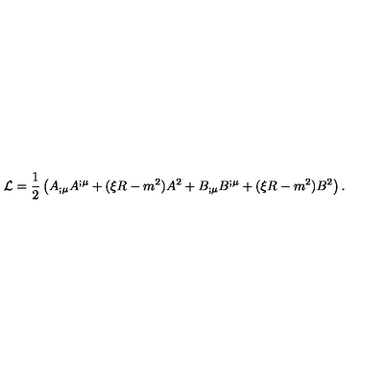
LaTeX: { \cal L } = \frac { 1 } { 2 } \left( { A } _ { ; \mu } { A } ^ { ; \mu } + ( \xi R - m ^ { 2 } ) { A } ^ { 2 } + { B } _ { ; \mu } { B } ^ { ; \mu } + ( \xi R - m ^ { 2 } ) { B } ^ { 2 } \right) .